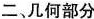
二、几何部分